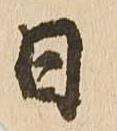
日